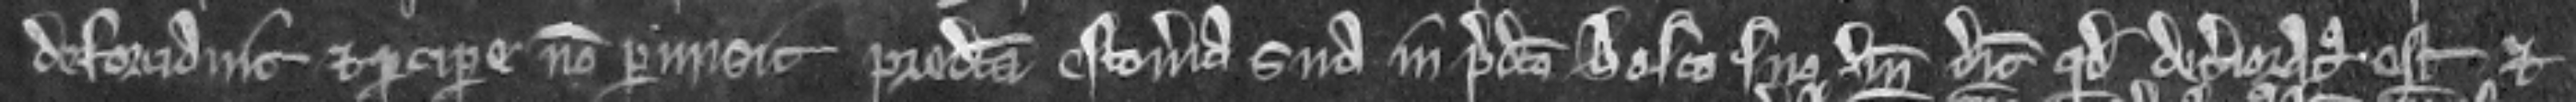
deforciavit et percipere non permisit predicta estoveria sua in predicto bosco suo unde dicit quod deterioratus est et